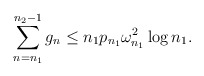
\begin{align*}\sum_{n=n_1}^{n_2-1} g_n \le n_1 p_{n_1} \omega^{2}_{n_1}\log n_1.\end{align*}